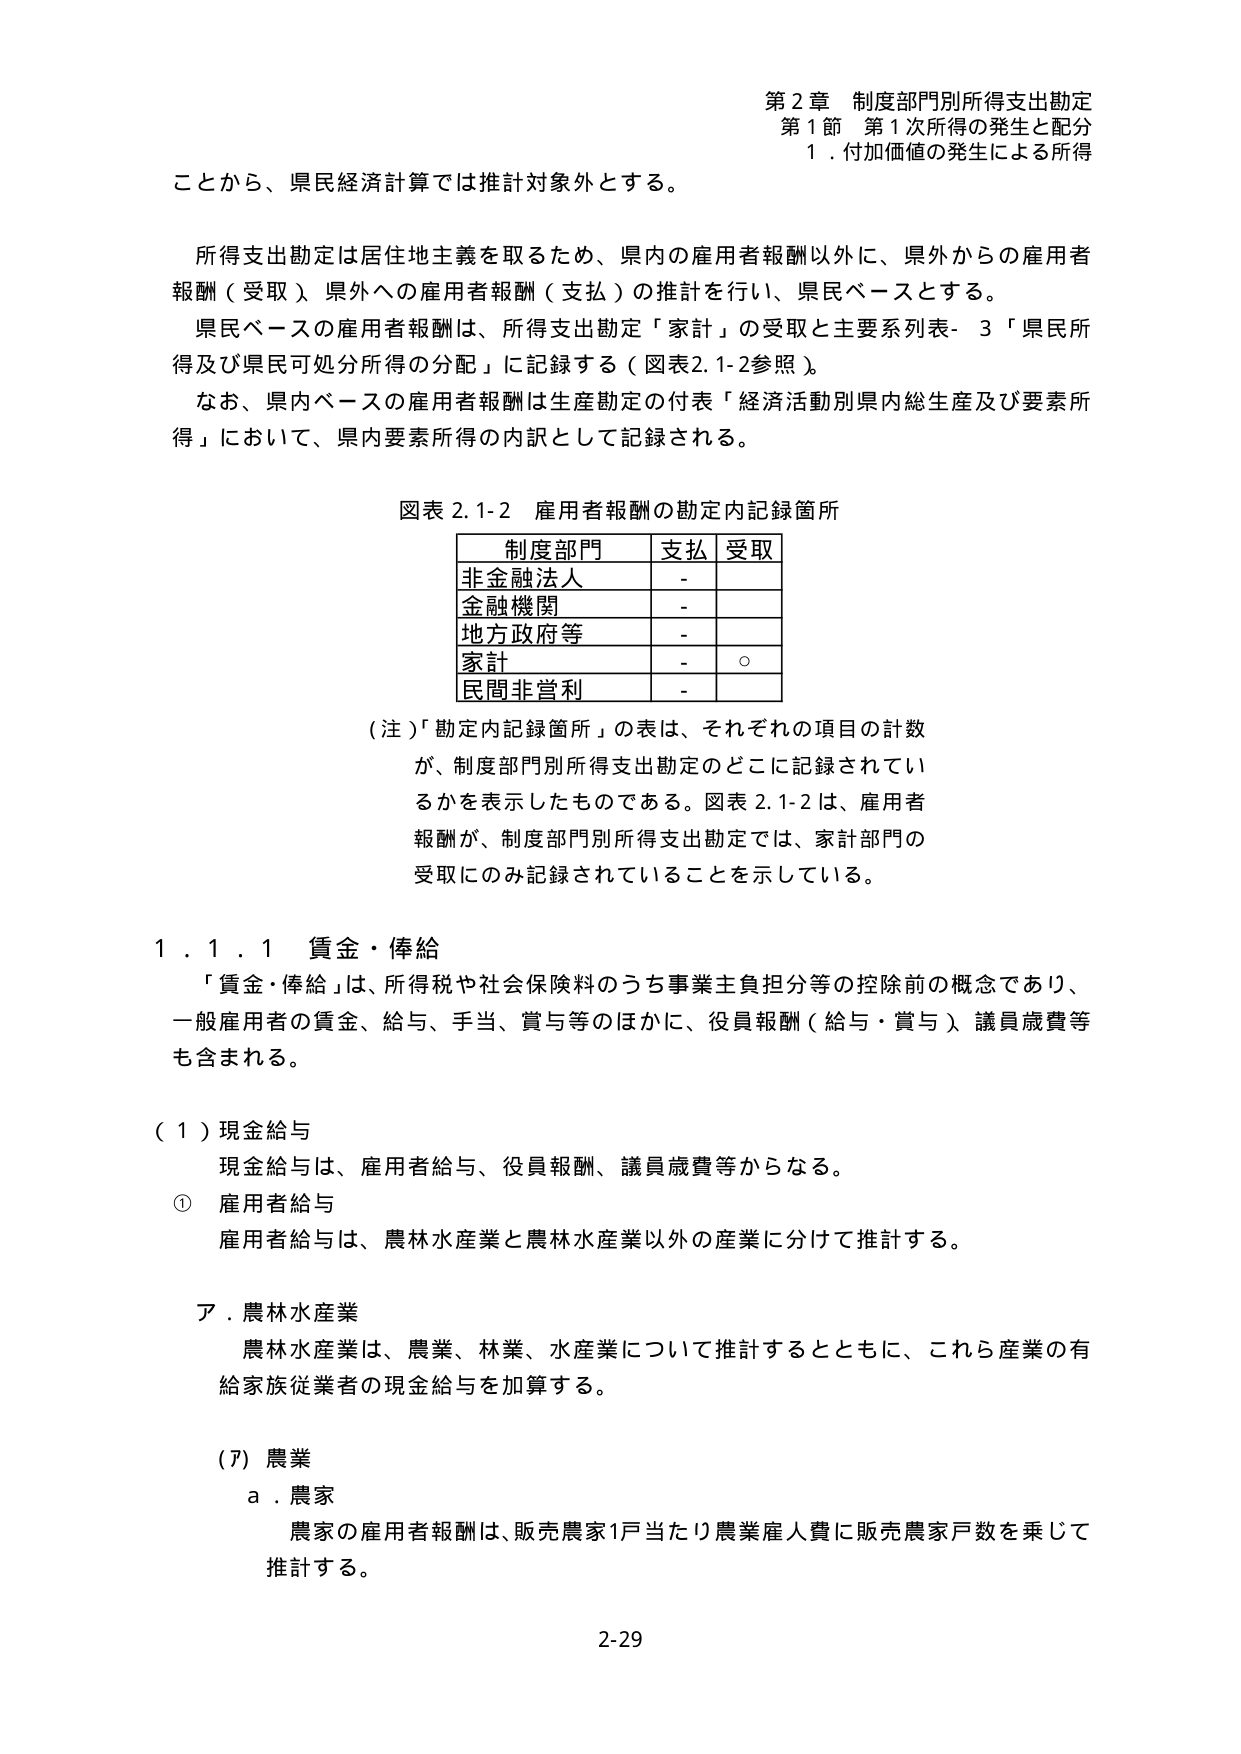
第２章 制度部門別所得支出勘定
第１節 第１次所得の発生と配分
１．付加価値の発生による所得

ことから、県民経済計算では推計対象外とする。

所得支出勘定は居住地主義を取るため、県内の雇用者報酬以外に、県外からの雇用者報酬（受取）、県外への雇用者報酬（支払）の推計を行い、県民ベースとする。
県民ベースの雇用者報酬は、所得支出勘定「家計」の受取と主要系列表-３「県民所得及び県民可処分所得の分配」に記録する（図表2.1-2参照）。
なお、県内ベースの雇用者報酬は生産勘定の付表「経済活動別県内総生産及び要素所得」において、県内要素所得の内訳として記録される。

図表 2.1-2 雇用者報酬の勘定内記録箇所

| 制度部門       | 支払 | 受取 |
|----------------|------|------|
| 非金融法人     | -    |      |
| 金融機関       | -    |      |
| 地方政府等     | -    |      |
| 家計           | -    | ○    |
| 民間非営利     | -    |      |

（注）「勘定内記録箇所」の表は、それぞれの項目の計数が、制度部門別所得支出勘定のどこに記録されているかを表示したものである。図表2.1-2は、雇用者報酬が、制度部門別所得支出勘定では、家計部門の受取にのみ記録されていることを示している。

１．１．１ 賃金・俸給
「賃金・俸給」は、所得税や社会保険料のうち事業主負担分等の控除前の概念であり、一般雇用者の賃金、給与、手当、賞与等のほかに、役員報酬（給与・賞与）、議員歳費等も含まれる。

（１）現金給与
現金給与は、雇用者給与、役員報酬、議員歳費等からなる。
① 雇用者給与
雇用者給与は、農林水産業と農林水産業以外の産業に分けて推計する。

ア．農林水産業
農林水産業は、農業、林業、水産業について推計するとともに、これら産業の有給家族従業者の現金給与を加算する。

（ア）農業
ａ．農家
農家の雇用者報酬は、販売農家1戸当たり農業雇人費に販売農家戸数を乗じて推計する。

2-29